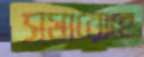
সমারোহে